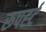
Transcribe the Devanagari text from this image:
रूपर्ह्ट